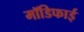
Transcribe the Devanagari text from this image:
मॉडिफाई